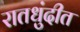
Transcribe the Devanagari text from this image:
रातधुंदीत